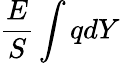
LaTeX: \frac{E}{S}\int qdY